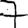
Digit: 7